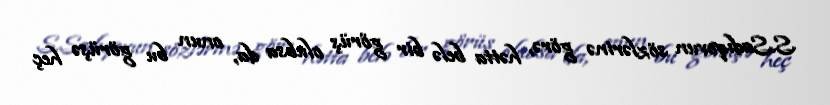
S.Sadıqovun sözlərinə görə, hətta belə bir görüş olubsa da, onun bu görüşə heç